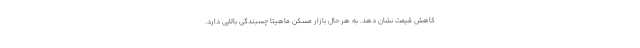
کاهش قیمت نشان دهد. به هر حال بازار مسکن ماهیتا چسبندگی بالایی دارد.